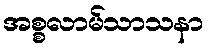
အစ္စလာမ်သာသနာ